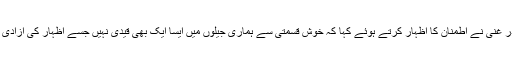
اپنی کابینہ کے ایک اجلاس میں صدر غنی نے اطمنان کا اظہار کرتے ہوئے کہا کہ خوش قسمتی سے ہماری جیلوں میں ایسا ایک بھی قیدی نہیں جسے اظہار کی آزادی کے الزام میں حراست میں لیا گیا ہو۔